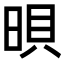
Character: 𣇜